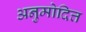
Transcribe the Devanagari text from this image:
अनुमोदित्त